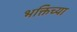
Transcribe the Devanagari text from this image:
भक्तिच्या